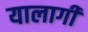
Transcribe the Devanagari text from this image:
यालागी